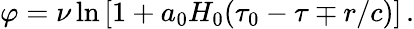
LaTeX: \varphi=\nu\ln\left[1+a_{0}H_{0}(\tau_{0}-\tau\mp r/c)\right]\, .